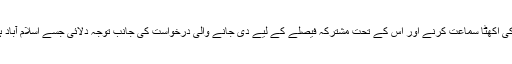
بعدازاں نواز شریف کے وکلا نے تینوں ریفرنسز کی اکھٹا سماعت کرنے اور اس کے تحت مشترکہ فیصلے کے لیے دی جانے والی درخواست کی جانب توجہ دلائی جسے اسلام آباد ہائی کورٹ نے 4 دسمبر 2017 کو رد کردیا تھا۔